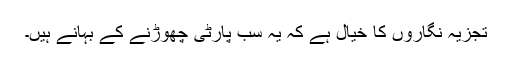
تجزیہ نگاروں کا خیال ہے کہ یہ سب پارٹی چھوڑنے کے بہانے ہیں۔